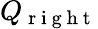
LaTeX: Q_{\mathrm{~r~i~g~h~t~}}